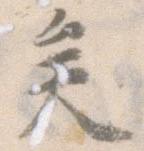
矣